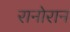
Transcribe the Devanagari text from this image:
रानोरान